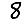
Digit: 8